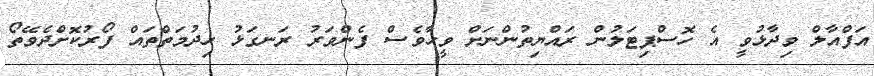
އަފްއާލް ވިދާޅުވީ އެ ހޮސްޕިޓަލުން ރައްޔިތުންނަށް ވީހާވެސް ފެންވަރު ރަނގަޅު ހިދުމަތްތައް ފޯރުކޮށްދެވޭތޯ